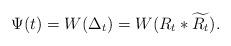
LaTeX: \begin{align*} \Psi(t) = W(\Delta_t) = W(R_t \ast \widetilde{R_t}). \end{align*}